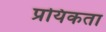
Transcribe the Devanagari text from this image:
प्रयिकता